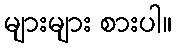
များများ စားပါ။